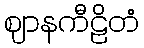
ဈာနကီဠိတံ